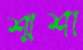
শ্মশা